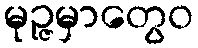
မုဉ္ဇမှာတွေဝ